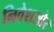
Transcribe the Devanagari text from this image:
निवेशऔर